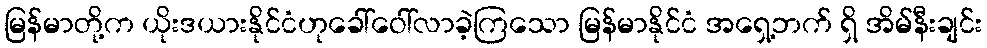
မြန်မာတို့က ယိုးဒယားနိုင်ငံဟုခေါ်ဝေါ်လာခဲ့ကြသော မြန်မာနိုင်ငံ အရှေ့ဘက် ရှိ အိမ်နီးချင်း